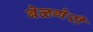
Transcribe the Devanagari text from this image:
बेळगेरी